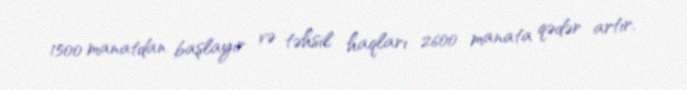
1500 manatdan başlayır və təhsil haqları 2600 manata qədər artır.